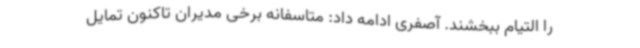
را التیام ببخشند. آصفری ادامه داد: متاسفانه برخی مدیران تاکنون تمایل